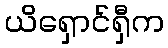
ယိရှောင်ရှီက